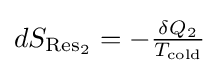
{\textstyle dS_{{\text{Res}}_{2}}=-{\frac {\delta Q_{2}}{T_{\text{cold}}}}}